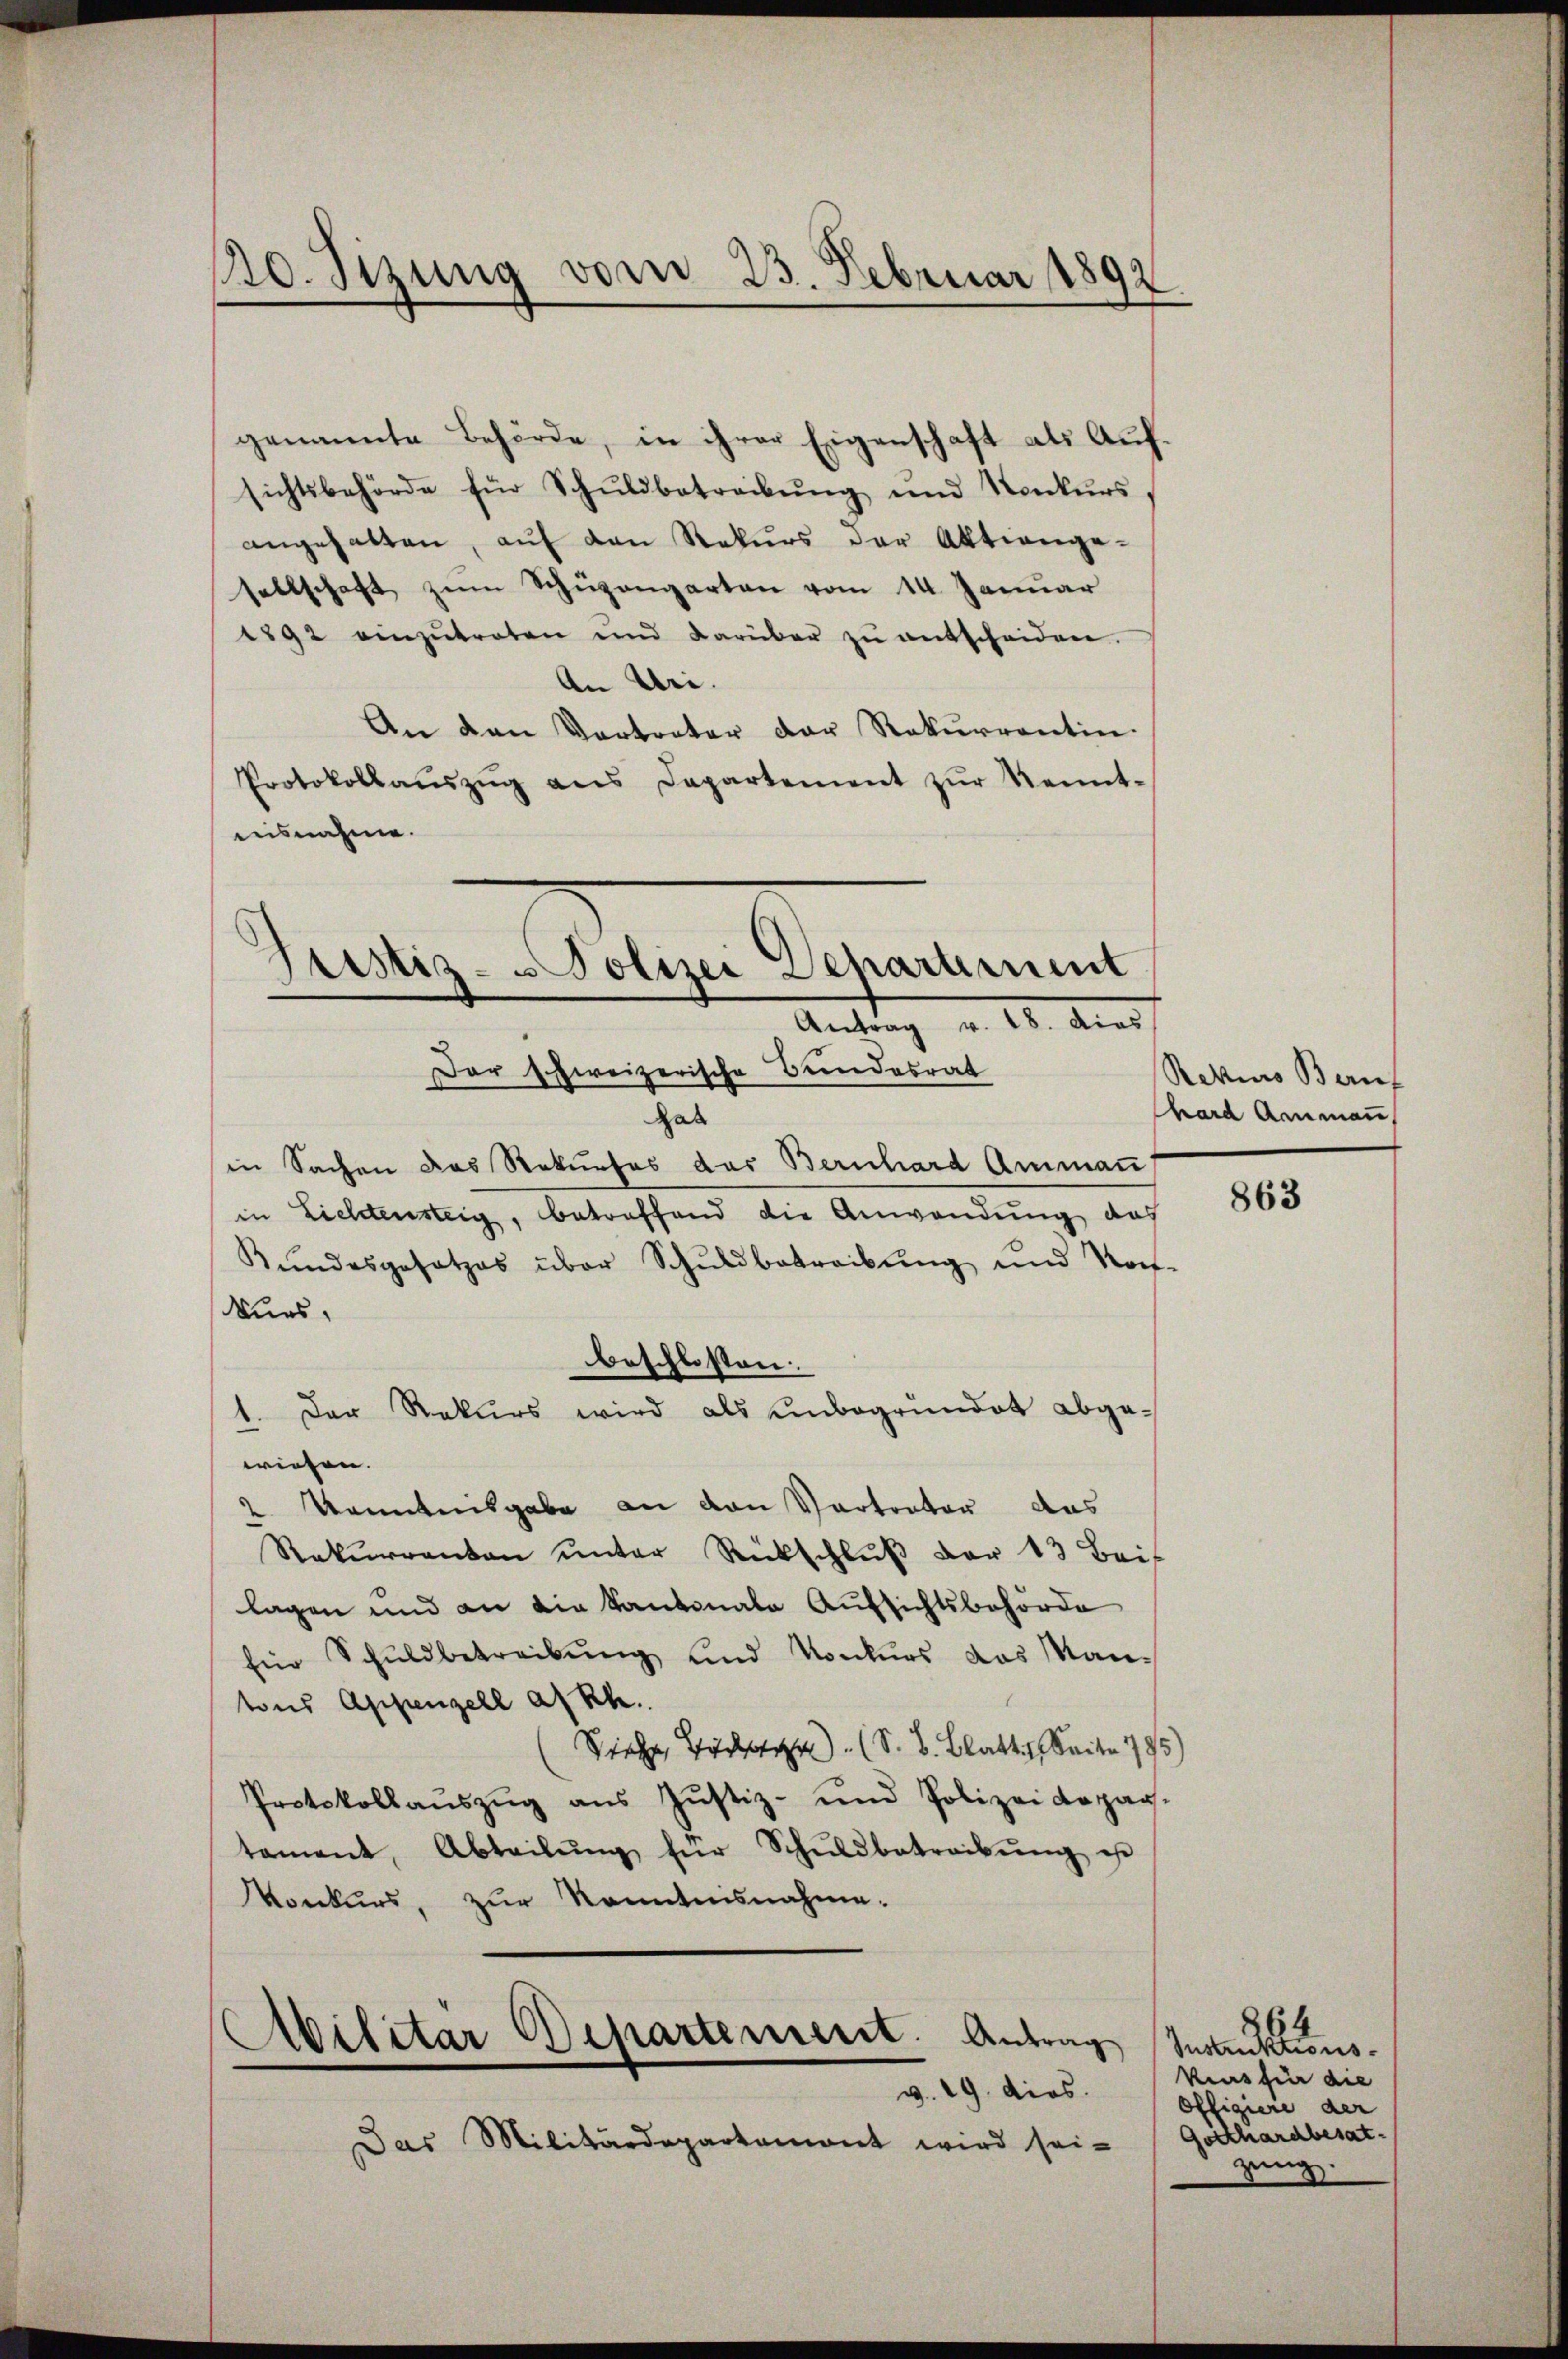
120. Sizung vom 23. Februar 1892.

genannte Behörde, in ihrer Eigenschaft als Aufsichtsbehörde für Schŭldbetreibŭng und Konkŭrs
angehalten, aŭf den Rekurs der Aktienge-
sellschaft zŭm Schüzangarten vom 14. Januar
1892 einzŭtreten und darüber zŭ entscheiden.
An Uri.
An den Vertreter der Rekurrentin.
Protokollaŭszŭg ans Departement zŭr Kennt-
aisnahme.
Justiz-Polizei Departement
Antrag v. 18. dies

Der schweizerische Bundesrat
Hab

in Sachen das Rekurses der Bernhard Ammann
in Lichtensteig, betreffend die Anwendŭng das
Kundesgesetzes über Schuldbetreibung und Rach-
Kurs,
beschlossen:
1. Der Rekurs wird als unbegründet abge-
wiesen.
2. Kenntnisgabe an den Vertreter das
Rekŭrrenten ŭnter Rückschlŭβ der 13 Beis
lagen und an die Kantonale Aufsichtsbehörde
für Schuldbetreibŭng und Konkurs das Mantons Appenzell a/Rh.
Siehe, Bäche. (S. B. Blatti, Seite 1795)
Protokollaŭszŭg ans Justiz- und Polizei Kopag-
tament, Abteilŭng für Schŭldbetreibŭng ist
Vonkurs, zur Kenntnisnahme.

Abilitar Departemerit. Antrag
v. 19. dies

Das Militärdepartamont wird sei-

Rezius Beruf
hard Arnmann,

863

Grandlung.
kins für die
Offigiere der
Gotthardbesat
zung.